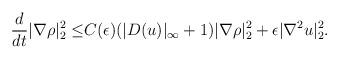
LaTeX: \begin{align*}\frac{d}{dt}|\nabla \rho|^2_2\leq& C(\epsilon)(|D( u)|_\infty+1)|\nabla \rho|^2_2+\epsilon |\nabla^2 u|^2_2.\end{align*}